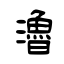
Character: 瀂